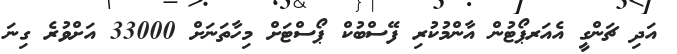
އަދި ޗަންގީ އެއަރޕޯޓުން އާންމުކުރި ފޭސްބުކް ޕޯސްޓަށް މިހާތަނަށް 33000 އަށްވުރެ ގިނަ